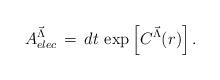
LaTeX: \begin{align*}A^{{\vec \Lambda}}_{elec} \, = \, dt \, \exp \left[C^{{\vec \Lambda}}(r)\right].\end{align*}